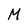
Character: M